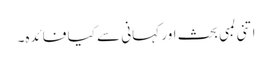
اتنی لمبی بحث اور کہانی سے کیا فائدہ۔